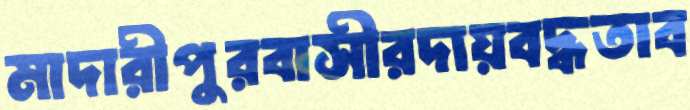
মাদারীপুরবাসীরদায়বদ্ধতাব